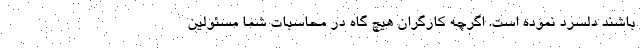
باشند دلسرد نموده است. اگرچه کارگران هیچ گاه در محاسبات شما مسئولین